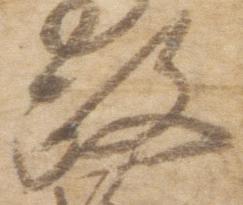
政